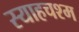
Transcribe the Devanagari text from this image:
स्याहचश्म